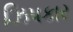
ઝિપકાર